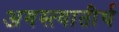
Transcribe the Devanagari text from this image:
अगस्त्यातीर्थ